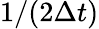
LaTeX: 1/(2\Delta t)